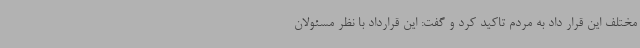
مختلف این قرار داد به مردم تاکید کرد و گفت: این قرارداد با نظر مسئولان